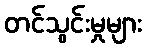
တင်သွင်းမှုများ